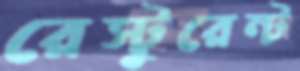
রেস্টুরেন্ট